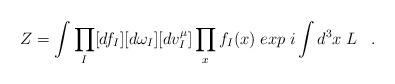
LaTeX: \begin{align*} Z=\int\prod_{I}[df_{I}][d\omega_{I}][dv^{\mu}_{I}]\prod_{x}f_{I}(x) \;exp\;i\int d^{3}x\;L \;\;\;.\end{align*}